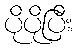
ပိုပိုပြီး